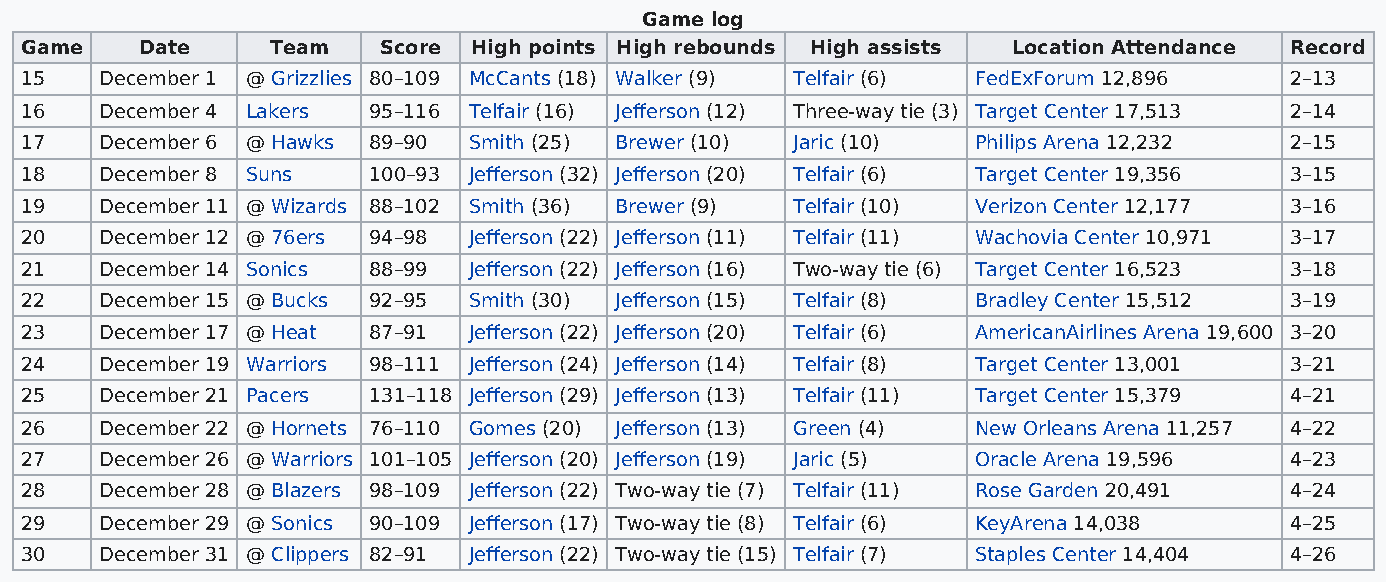
Game log
 Game    Date     Team   Score High points High rebounds High assists Location Attendance Record
 15    December 1 @ Grizzlies 80–109 McCants (18) Walker (9) Telfair (6) FedExForum 12,896 2–13
 16    December 4 Lakers 95–116 Telfair (16) Jefferson (12) Three-way tie (3) Target Center 17,513 2–14
 17    December 6 @ Hawks 89–90 Smith (25) Brewer (10) Jaric (10) Philips Arena 12,232 2–15
 18    December 8 Suns  100–93 Jefferson (32) Jefferson (20) Telfair (6) Target Center 19,356 3–15
 19    December 11 @ Wizards 88–102 Smith (36) Brewer (9) Telfair (10) Verizon Center 12,177 3–16
 20    December 12 @ 76ers 94–98 Jefferson (22) Jefferson (11) Telfair (11) Wachovia Center 10,971 3–17
 21    December 14 Sonics 88–99 Jefferson (22) Jefferson (16) Two-way tie (6) Target Center 16,523 3–18
 22    December 15 @ Bucks 92–95 Smith (30) Jefferson (15) Telfair (8) Bradley Center 15,512 3–19
 23    December 17 @ Heat 87–91 Jefferson (22) Jefferson (20) Telfair (6) AmericanAirlines Arena 19,600 3–20
 24    December 19 Warriors 98–111 Jefferson (24) Jefferson (14) Telfair (8) Target Center 13,001 3–21
 25    December 21 Pacers 131–118 Jefferson (29) Jefferson (13) Telfair (11) Target Center 15,379 4–21
 26    December 22 @ Hornets 76–110 Gomes (20) Jefferson (13) Green (4) New Orleans Arena 11,257 4–22
 27    December 26 @ Warriors 101–105 Jefferson (20) Jefferson (19) Jaric (5) Oracle Arena 19,596 4–23
 28    December 28 @ Blazers 98–109 Jefferson (22) Two-way tie (7) Telfair (11) Rose Garden 20,491 4–24
 29    December 29 @ Sonics 90–109 Jefferson (17) Two-way tie (8) Telfair (6) KeyArena 14,038 4–25
 30    December 31 @ Clippers 82–91 Jefferson (22) Two-way tie (15) Telfair (7) Staples Center 14,404 4–26